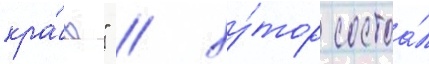
кра́ю" / ху́тор состоа́л